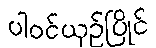
ပါဝင်ယှဉ်ပြိုင်